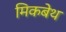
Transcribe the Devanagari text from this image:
मिकबेथ